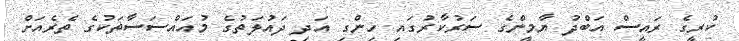
ކުރީގެ ރައީސް އަބްދު ޔާމީންގެ ސަރުކާރުގައި ހިންގި އަދި ދައުލަތުގެ މުއައްސަސާތަކުގެ ތެރެއަށް